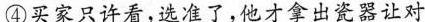
④买家只许看，选准了，他才拿出瓷器让对